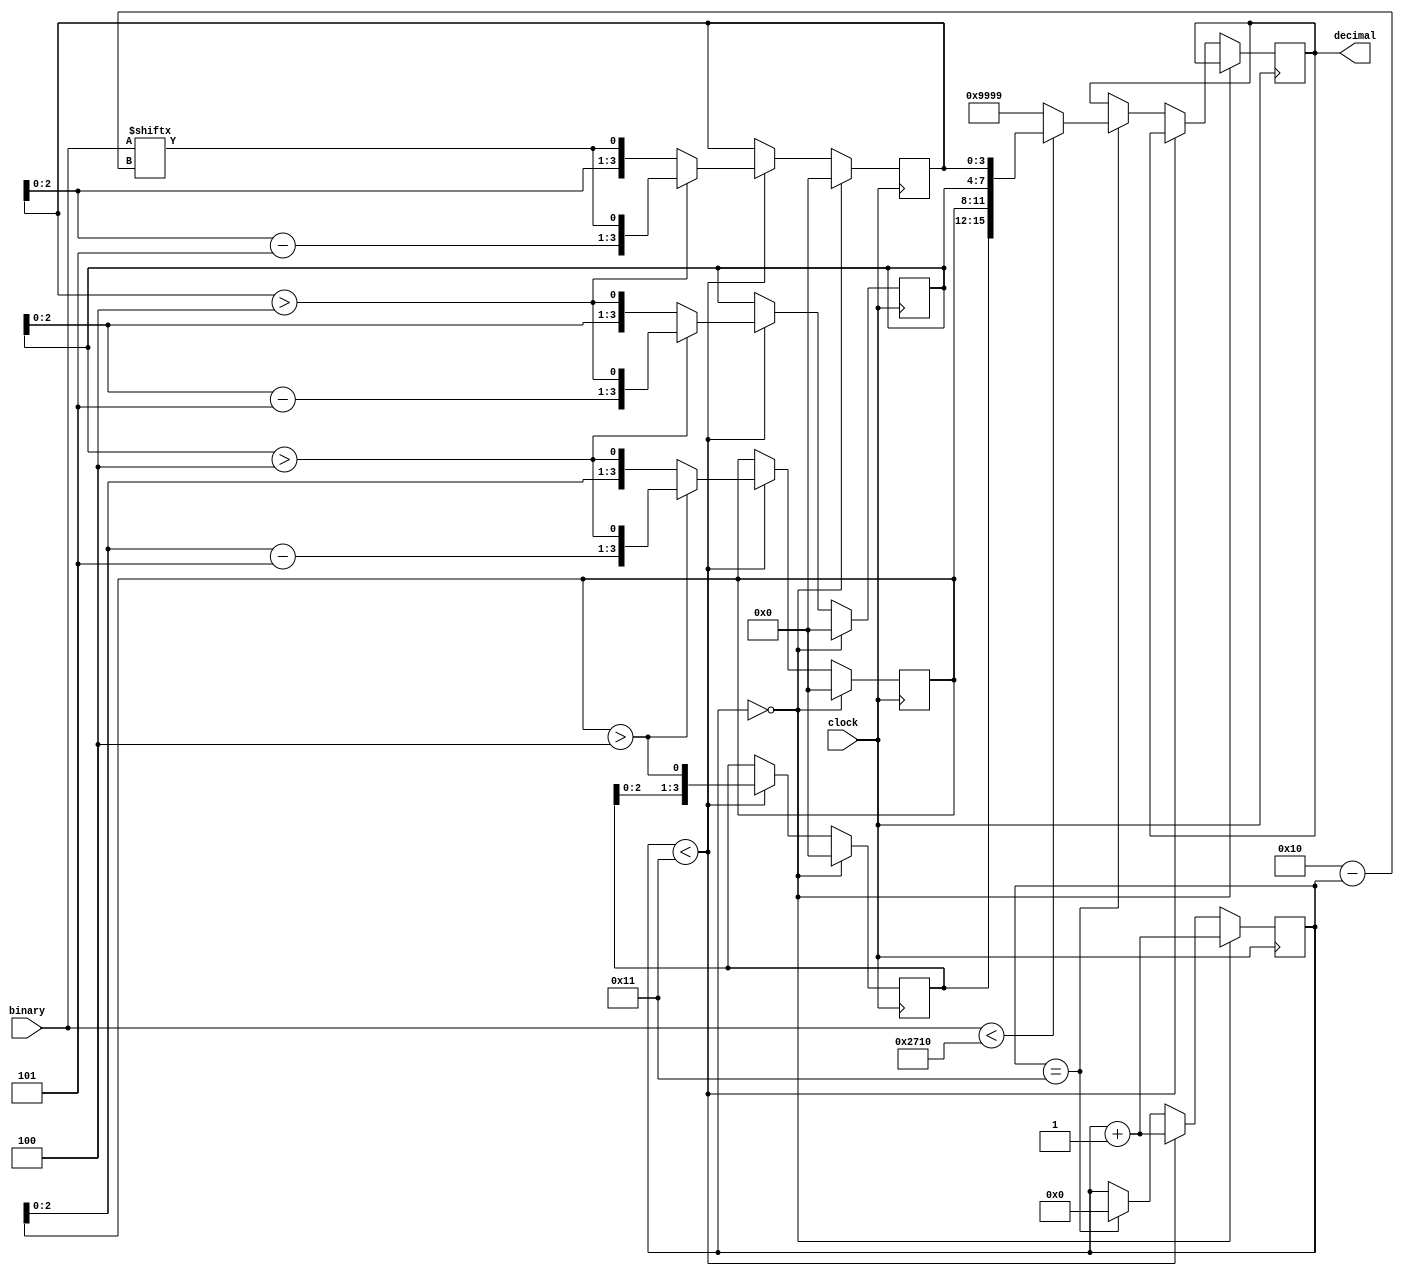
module binary_to_decimal(clock, binary, decimal);
       input [15:0] binary;
	   input clock;

	   output reg [15:0] decimal = 0;

       reg [3:0] digit0, digit1, digit2, digit3;
       wire carry0, carry1, carry2;
       reg [4:0] counter =0;
              
       assign carry0=(digit0>4);
       assign carry1=(digit1>4);
       assign carry2=(digit2>4);

       always @(posedge clock) begin
              if (counter==0) begin
                     digit0<=0;
                     digit1<=0;
                     digit2<=0;
                     digit3<=0;
                     counter <= counter + 1;
              end
              
              else if (counter<17) begin
                if (carry0)
                           digit0<={digit0-5,binary[16-counter]};
                else
                           digit0<={digit0[2:0],binary[16-counter]};
              
                if (carry1)
                           digit1<={digit1-5,carry0};
                else
                           digit1<={digit1[2:0],carry0};
       
                if (carry2)
                           digit2<={digit2-5,carry1};
                else
                           digit2<={digit2[2:0],carry1};
       
                digit3<={digit3[2:0],carry2};
                counter <= counter + 1;
              end 
              
              else if (counter == 17 ) begin
                     if( binary < 10000 ) //check that the BCD input value is not exceeding 9999
                           decimal <= {digit3,digit2,digit1,digit0}; //if so force output always to 9999
                     else
                           decimal <= 16'h9999; //maximum value to be displayed Maybe should be 0xFFFF?
                           counter <= 0;
              end
       
       end

endmodule